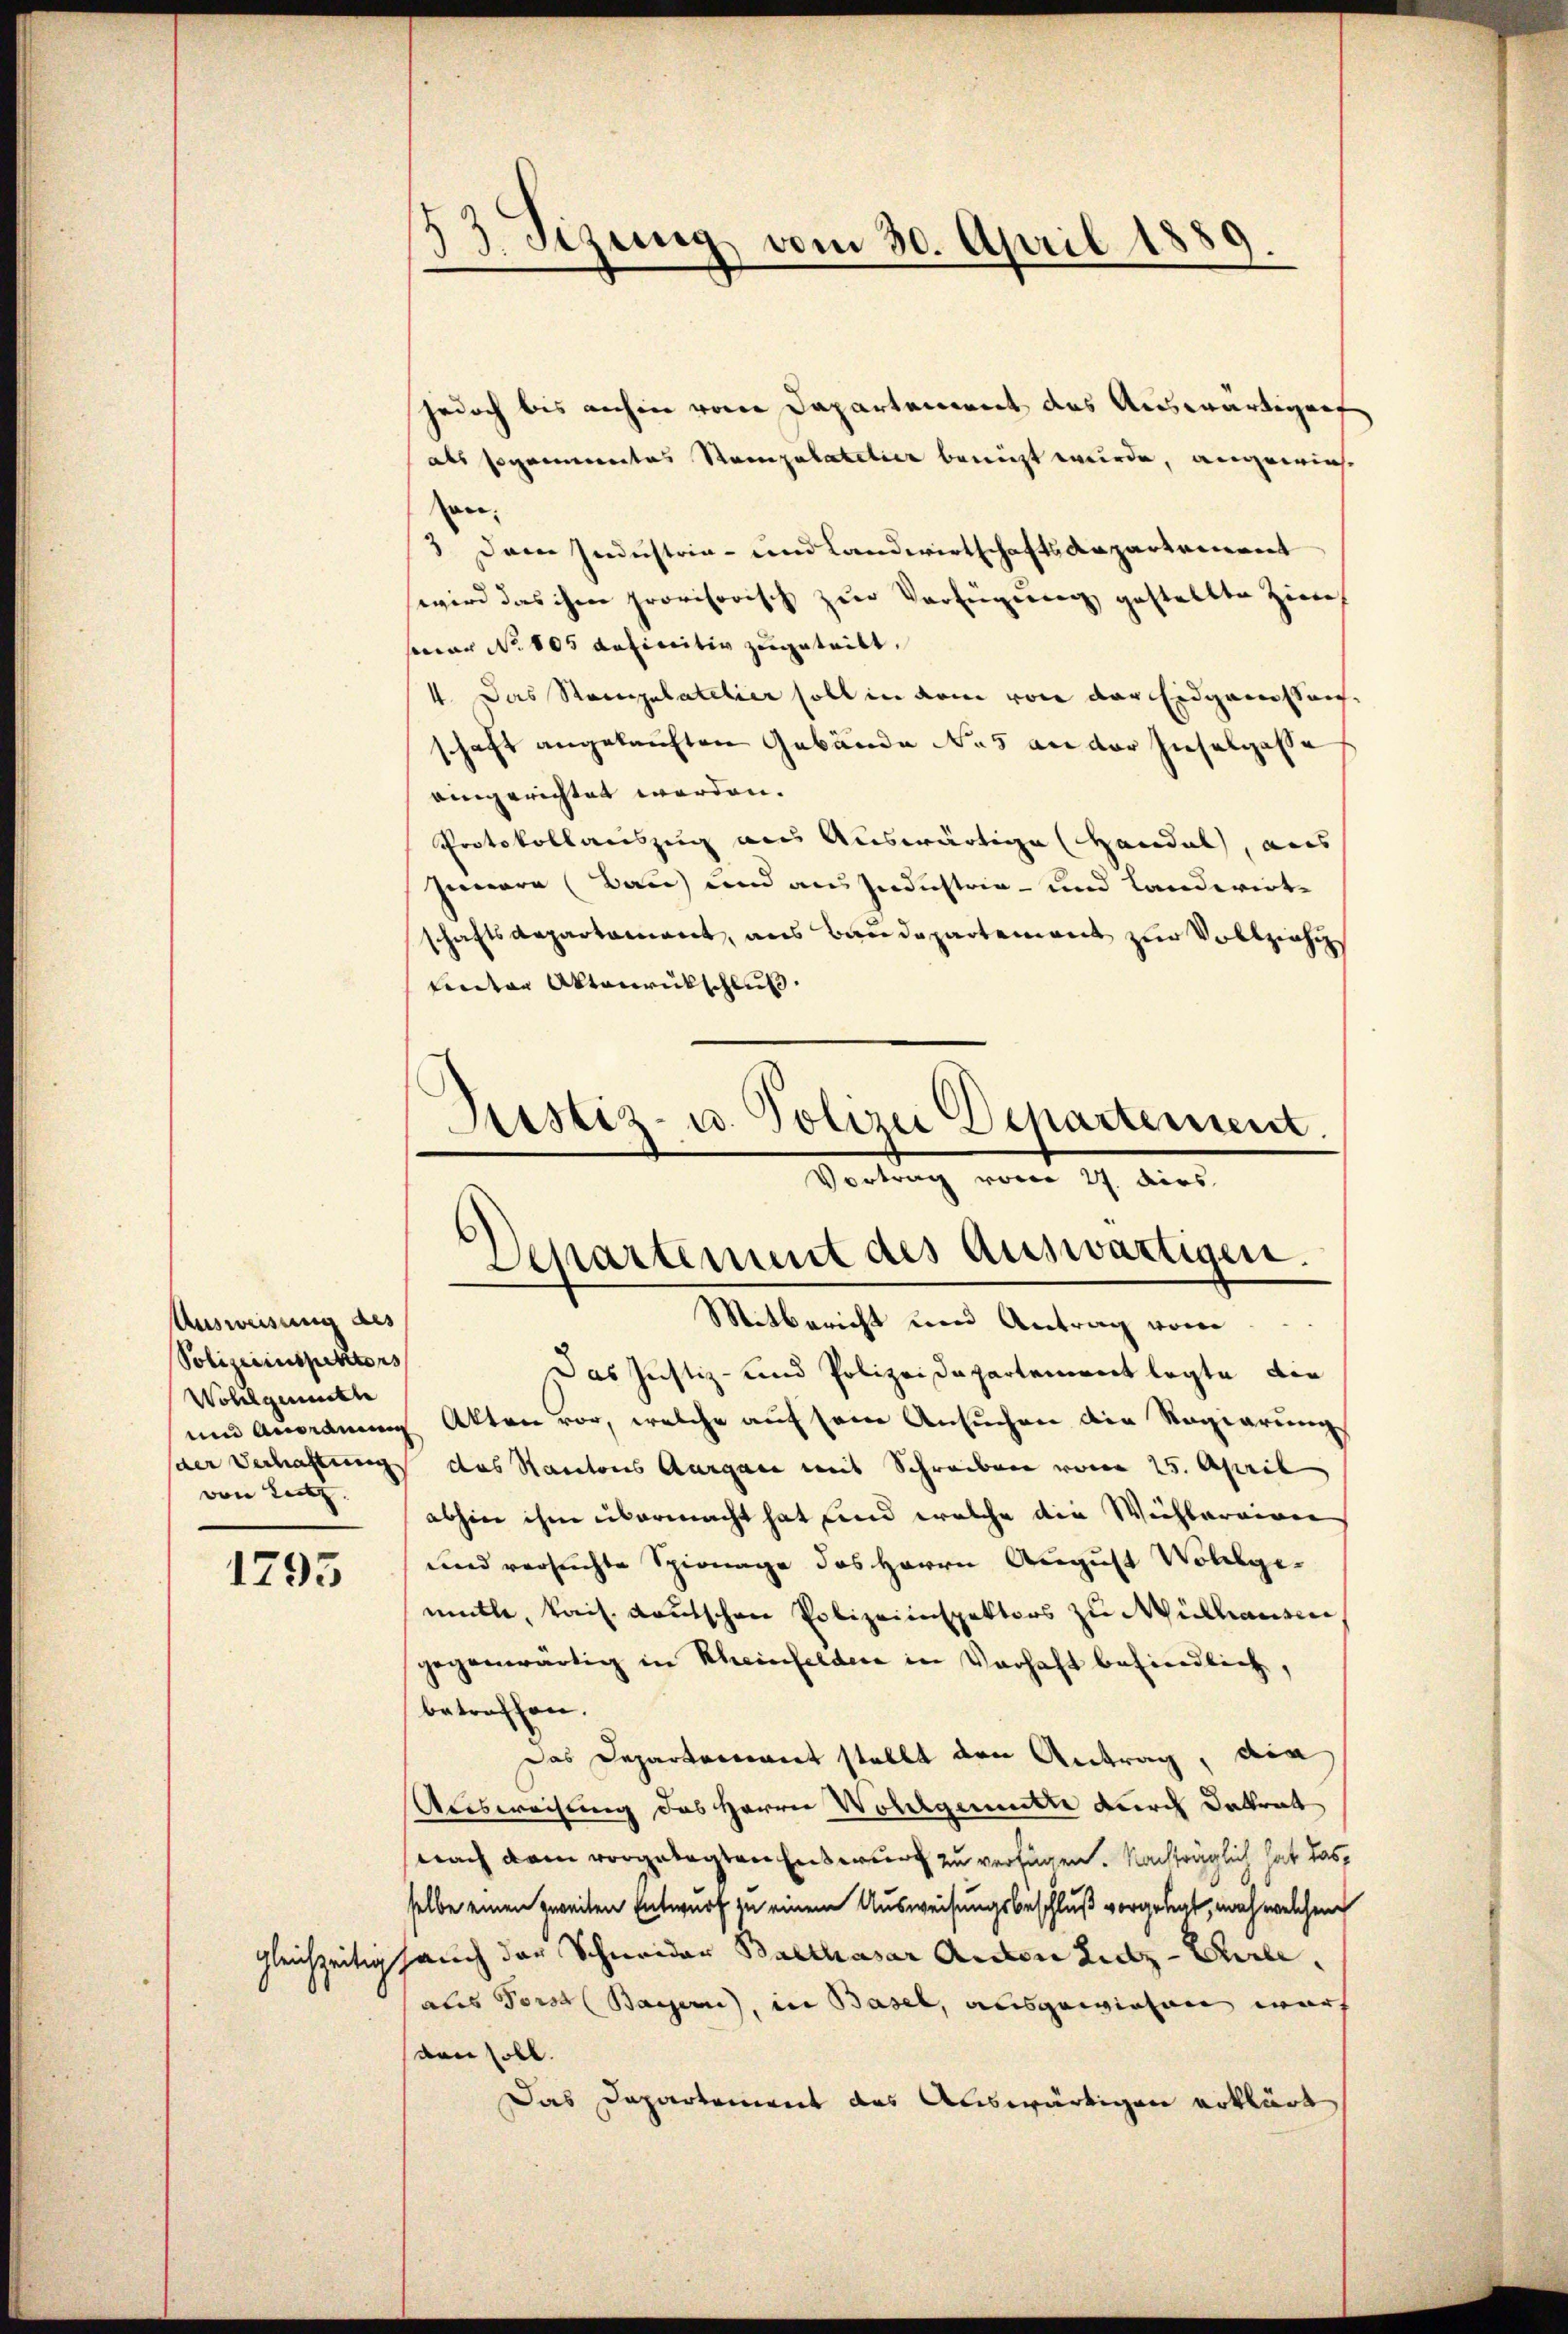
Ausweisung des
Polizeiinspektors
Wohlgemeste
von Leitz

1795

53. Sezung vom 30. April 1
d

jedoch bis anhin vom Departement das Auswärtigung
als sogenantes Rampalatelier benicht wurde, angewiese
an¬
 Dann Industria - und Landwirtschaftsanpartement
wwird das ihrer provisorisch zur Verfügung gestellte Zierch
seear No 105 definitiv zugetritt.
4. Das Stanipulatelier soll in dem von der Eidgangsauf-
schaft angelauften Gebäude das an der Inselgast
aingerichtet worden.
Protokollauszug aus Auswärtige Handel, aus
seenare (Bau) und ausseedustrie- und Landwirtschaftsdepartament, aus Baudepartement zur Vollziehu
Lnter Aktenrickschluß,
Justiz- u. Polizei Departement.

Vortrag vom 27. dies
Separtement des auswärtigen.
Mitbericht und Antrag vom

Das Justiz- und Polizeidepartement legte die
und Anordnung Akten vor, welche auf sein Ansuchen die Regierung
sder Dechachtung des Kantons Aargane mit Schreiben von 25. April
abhin ihm übermacht hat und welche die Wichbareinen
und versuchte Spirnage des Herrn August Wohlgemülle, kais. Lautschen Polizeiinspektors zu Mülhausen
gegenwärtig in Rheinfeldere in Verhaft befindlich,
betreffen.
Das Departement stellt den Antrag, die
Ausweisung des Herrn Woldgemütte durch datrat
nach dem vorgelegten Entwurf zu verfügen. Nachträglich hat das,
selbe einen zweiten Entwurf zu einem Ausweisungsbeschluß vorgelegt, nach welchem
Gleichzeitig auch der Schneider Balthasar Anden Sitz-Cilials Forst (Bayern), in Basel, ausgewiesen warf
den soll.
Das Departement des Auswärtigen erklärt